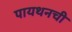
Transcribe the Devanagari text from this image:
पायथनची